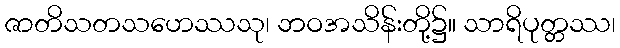
ဇာတိသတသဟေဿသု၊ ဘဝအသိန်းတို့၌။ သာရိပုတ္တဿ၊